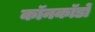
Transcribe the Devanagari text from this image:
कॉनकॉर्डों